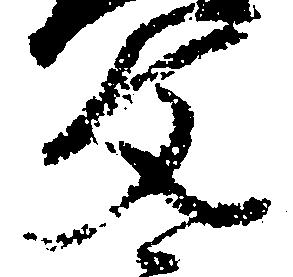
文